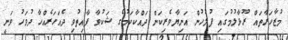
މުޒާހަރާތައް ރޫޅާލުމުގައި ފުލުހުން އަނިޔާވެރިކަން ދައްކާކަމުގެ ޝަކުވާ ފާއިތުވި ދެއަހަރެއްހާ ދުވަހު ވަނީ